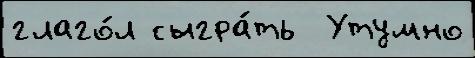
глаго́л сыгра́ть  Утумно